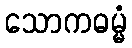
သောကဓမ္မံ